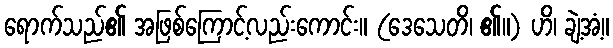
ရောက်သည်၏ အဖြစ်ကြောင့်လည်းကောင်း။ (ဒေသေတိ၊ ၏။) ဟိ၊ ချဲ့အံ့။